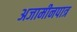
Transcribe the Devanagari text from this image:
अजामीनपात्र